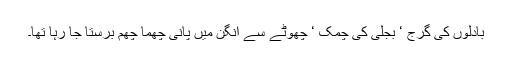
بادلوں کی گرج ‘ بجلی کی چمک ‘ چھوٹے سے آنگن میں پانی چھما چھم برستا جا رہا تھا۔